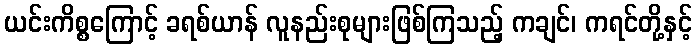
ယင်းကိစ္စကြောင့် ခရစ်ယာန် လူနည်းစုများဖြစ်ကြသည့် ကချင်၊ ကရင်တို့နှင့်